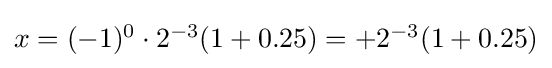
{\textstyle x=(-1)^{0}\cdot 2^{-3}(1+0.25)=+2^{-3}(1+0.25)}